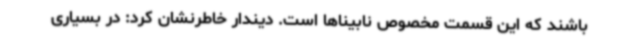
باشند که این قسمت مخصوص نابیناها است. دیندار خاطرنشان کرد: در بسیاری